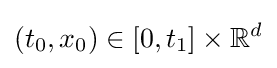
(t_{0},x_{0})\in [0,t_{1}]\times \mathbb {R} ^{d}